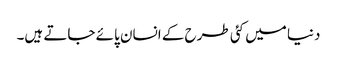
دنیا میں کئی طرح کے انسان پائے جاتے ہیں۔